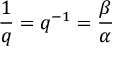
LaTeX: { \frac { 1 } { q } } = q ^ { - 1 } = { \frac { \beta } { \alpha } }